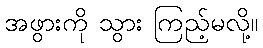
အဖွားကို သွား ကြည့်မလို့။